Sanitation, dispensaries and jails vaccination Rajputana 1922-1927 - 1922-1927
Year: 1922
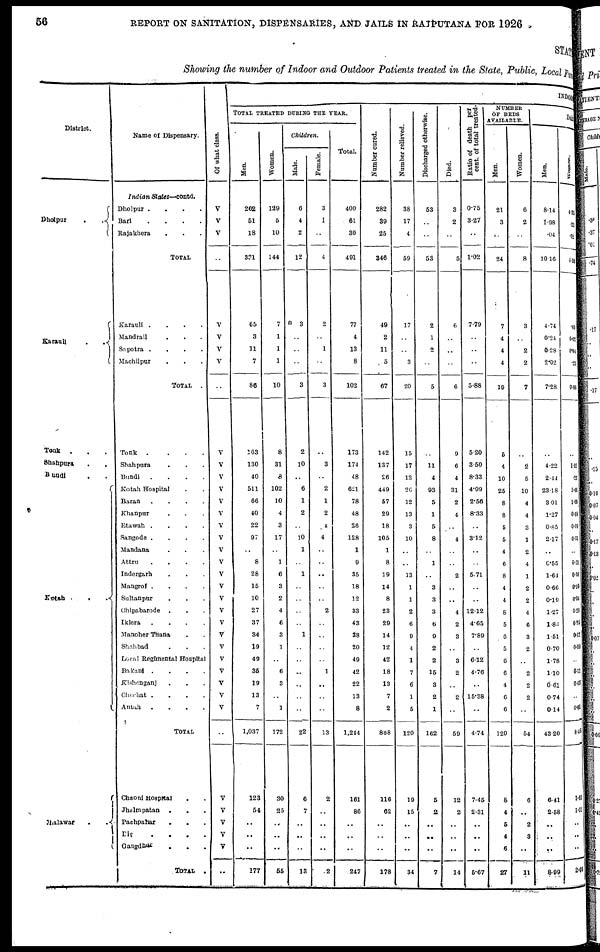
56
REPORT ON SANITATION, DISPENSARIES, AND JAILS IN RAJPUTANA FOR 1926
STAT
Showing the number of Indoor and Outdoor Patients treated in the State, Public, Local Fund
District.
Dholpur
.
.
Karauli
.
.
Tonk
. . .
Shahpura
.
.
Bundi . .
Kotah .
.
.
Jhalawar
.
Name of Dispensary.
Indian States—.contd.
Dholpur .
.
.
.
Bari
.
.
.
.
Rajakhera . . .
TOTAL .
Karauli .
.
.
.
Mandrail . . .
Sapotra .
.
.
.
Machilpur . . .
TOTAL
.
Tonk
.
.
.
.
Shahpura . . .
Bundi
.
.
.
.
Kotah Hospital
Baran
.
.
.
.
Khanpur . . .
Etawah .
.
.
.
Sangode .
.
.
.
Mandana . . .
Attru
.
.
.
.
Indergarh . . .
Mangrol .
.
.
.
Sultanpur
.
. .
Chipabarode . . .
Iklera
.
.
.
.
Manoher Thana . .
Shahbad . . .
Local Regimental Hospital
Bakani .
.
.
.
Kishanganj . . .
Chechat .
.
.
.
Antah
.
.
.
.
TOTAL
Chaoni Hospital
. .
Jhalrapatan
.
. .
Pachpahar
.
. .
Dig
. . . .
Gangdhar..
TOTAL
.
Of what class.
V
V
V
..
V
V
V
V
..
V
V
V
V
V
V
V
V
V
V
V
V
V
V
V
V
V
V
V
V
V
V
..
V
V
V
V
V
..
INDOOR
TOTAL TREATED DURING THE YEAR.
Men.
262
51
18
331
65
3
11
7
86
163
130
40
511
66
40
22
97
..
8
28
15
10
27
37
34
19
49
36
19
13
7
1,037
123
54
..
..
..
177
Women.
129
5
10
144
7
1
1
1
10
8
31
8
102
10
4
3
17
..
1
6
3
2
4
6
3
1
..
6
3
..
1
172
30
25
..
..
..
55
Children.
Male.
6
4
2
12
3
..
..
..
3
2
10
..
6
1
2
..
10
1
..
1
..
..
..
..
1
..
..
..
..
..
..
22
6
7
..
..
..
13
Female.
3
1
..
4
2
..
1
..
3
..
3
..
2
1
2
1
4
..
..
..
..
..
2
..
..
..
..
1
..
..
..
13
2
..
..
..
..
2
Total.
400
61
30
491
77
4
13
8
102
173
174
48
621
78
48
28
128
1
9
35
18
12
33
43
38
20
49
42
22
13
8
1,244
161
86
..
..
..
247
Number cured.
282
39
25
346
49
2
11
5
67
142
137
26
449
57
29
18
105
1
8
19
14
8
23
29
14
12
42
18
13
7
2
868
116
62
..
..
..
178
Number relieved.
38
17
4
59
17
..
..
3
20
15
17
12
26
12
13
3
10
..
..
13
1
1
2
6
9
4
1
7
6
1
5
120
19
15
..
..
..
34
Discharged otherwise.
53
..
..
53
2
1
2
..
5
..
11
4
93
5
1
5
8
..
1
..
3
3
3
6
9
2
2
15
3
2
1
162
5
2
..
..
..
7
Died.
3
2
..
5
6
..
..
..
6
9
6
4
31
2
4
..
4
..
..
2
..
..
4
2
3
..
3
2
..
2
..
59
12
2
..
..
..
14
Ratio of death per
cent. of total treated.
0.75
3.27
..
1.02
7.79
..
..
..
5.88
5.20
3.50
8.33
4.99
2.56
8.33
..
3.12
..
..
5.71
..
..
12.12
4.65
7.89
..
6.12
4.76
..
15.38
..
4.74
7.45
2.31
..
..
..
5.67
NUMBER .
OF BEDS
AVAILABLE.
Men.
21
3
..
24
7
4
4
4
19
5
4
10
25
8
8
5
5
4
6
8
4
4
8
5
6
5
6
6
4
6
6
129
8
4
5
4
6
27
Women.
6
2
..
8
3
..
2
2
7
..
2
5
10
4
4
3
1
2
4
1
2
2
4
6
3
2
..
2
2
2
..
54
6
..
2
3
..
11
DAI LY
Men.
8.14
1.98
.04
10.16
4.74
0.24
0.28
2.02
7.28
..
4.22
2.44
23.18
3.01
1.27
0.85
2.17
..
0.55
1.64
0.66
0.19
1.27
1.83
1.51
0.70
1.78
1.10
0.61
0.74
0.14
43.20
6.41
2.58
..
..
..
8.99
Women.
4.35
. 21
. 02
4.58
.69
0.02
0.84
.23
0.98
..
1.11
. 23
5. 65
1.00
003
0.09:
0.31
..
0.01
0.36
0.10
0. 04
0.20
0.25
0.12
0.09
..
0.11
0. 05
..
0.01
8. 45
1.65
1.01
..
..
..
2.6